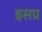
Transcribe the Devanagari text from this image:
इसप्र